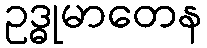
ဥဒ္ဓုမာတေန